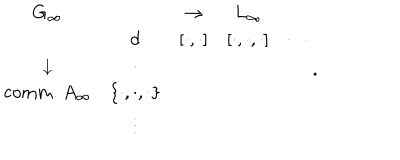
LaTeX: \begin{matrix} { { G _ { \infty } } } & { { } } & { { \rightarrow } } & { { L _ { \infty } } } \\ { { } } & { { d } } & { { [ \cdot , \cdot ] } } & { { [ \cdot , \cdot , \cdot ] } } & { { \cdots } } \\ { { \downarrow } } & { { \cdot } } \\ { { \mathrm { c o m m . } ~ A _ { \infty } } } & { { \{ \cdot , \cdot , \cdot \} } } \\ { { } } & { { \vdots } } \\ \end{matrix} .